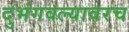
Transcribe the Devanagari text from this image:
दुभंगवल्यावरच